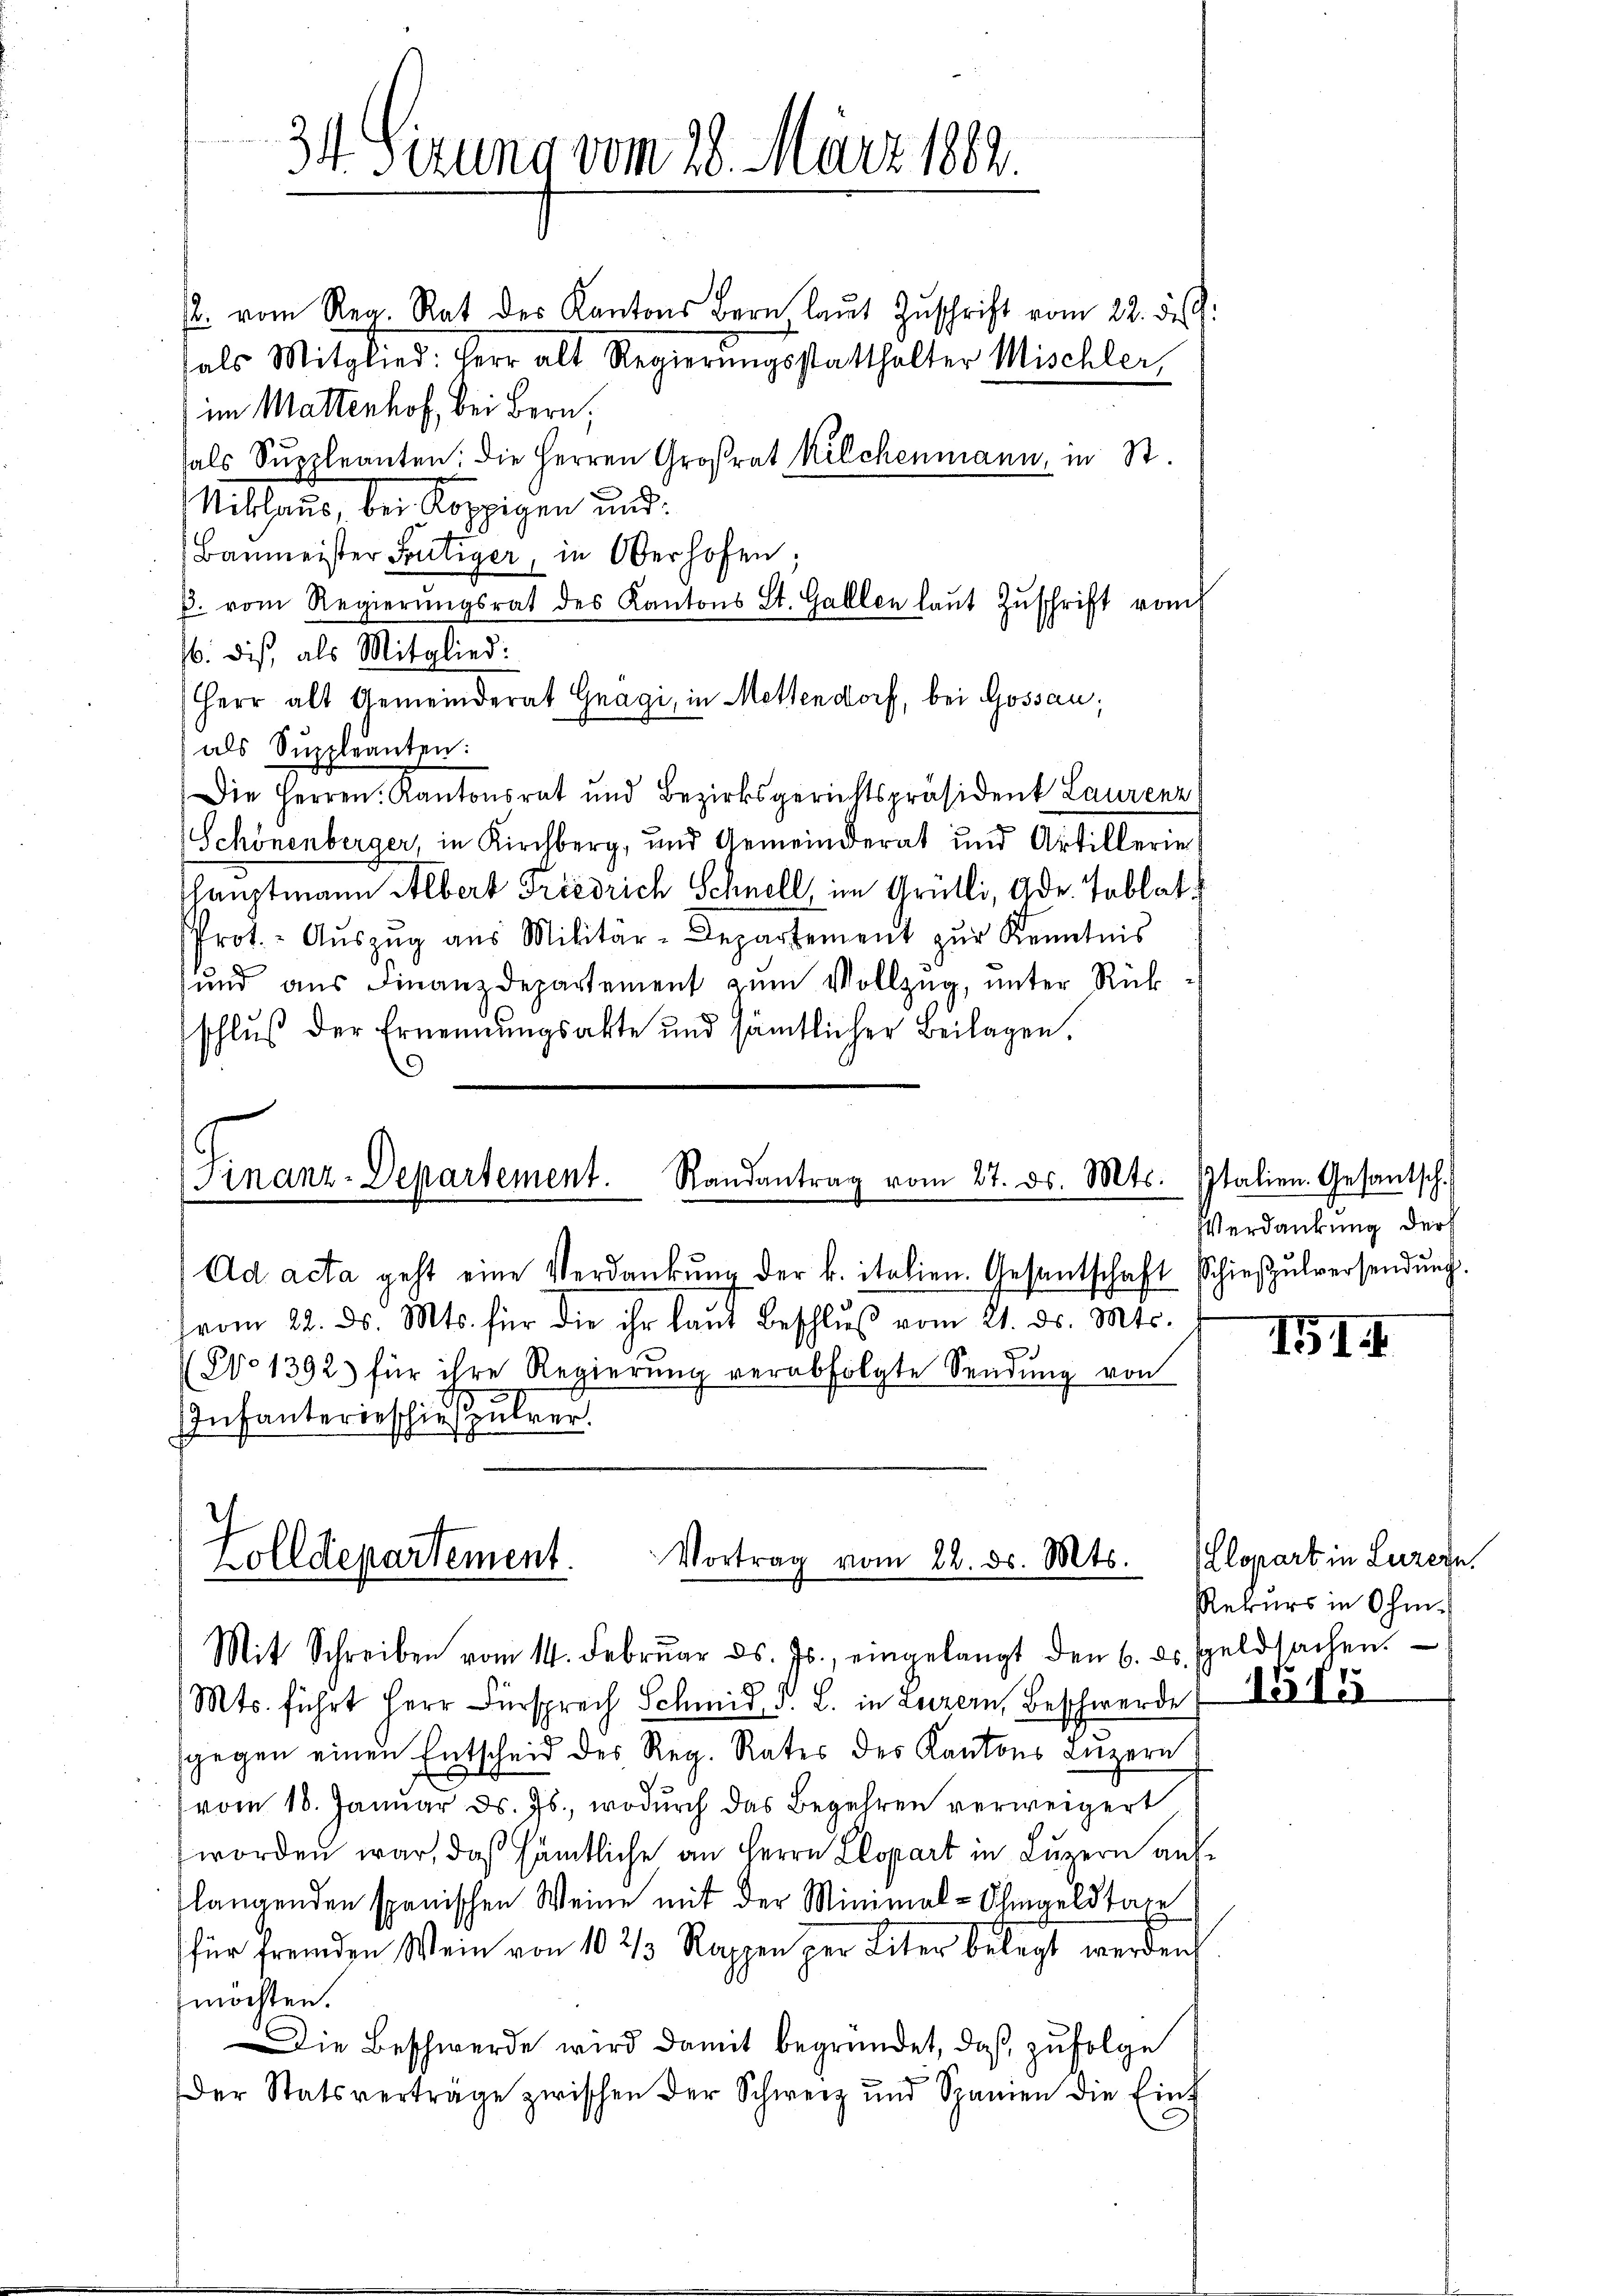
34. Sizung vom 28. März 1882.

/. vom Reg. Rat des Kantons Bern laŭt Zŭschrift vom 22. d. J.
hals Mitglied. Herr alt Regierungsstatthalter Mischler,
im Mattenhof, bei Bern,
fals Suecleanten: die Herren Großrat Kilchenmann, in St.
Mithause, bei Koppigen und
Baumeister Frutiger, in Oberhofen;
p. vom Regierŭngsrat des Kantons St. Gallen laŭt Zŭschrift vom
6. dis, als Mitglied:
Herr alt Gemeinderat Gagi, in Mettendorf, bei Gossau;
als Suppleanten:
Die Herren Kantonsrat und Bezirksgerichtspräsident Laurenz
Schönenberger, in Kirchberg, und Gemeinderat und Artillerie
hauptmann Albert Friedrich Schnell, im Grütli, Gdr. Tablat
Prot. Aŭszŭg aŭs Militär-Departement zŭr Kenntnis
und aŭs Finanzdepartement zŭm Vollzŭg, ŭnter Rükschluß der Ernennungsakte und sämtlicher Beilagen.

Finanz-Departement. Randantrag vom 27. ds. Mts.
Ad acta geht eine Verdankŭng der k. italien. Gesantschaft Schieβŭlversendŭng.

vom 22. ds. Mts. für die ihr laŭt Beschlŭβ vom 21. ds. Mts.
(No 1392 für ihre Regierŭng verabfolgte Sendŭng von
Infanterieschießpulver.

Zolldepartement.
Vortrag vom 22. ds. Mts.
Mit Schreiben vom 14. Febrŭar d. Js., eingelangt den 6. ds. Geldsachen.

Mts. führt Herr Fürsprech Schmid, d. L. in Luzern, Beschwerde
gegen einen Entscheid des Reg. Rates des Kantons Lŭzern
vom 18. Januar ds. Js., wodurch das Begehren verweigert
worden war, daß sämtliche an Herrn Klopart in Luzern auflangenden spanischen Weine mit der Minimal-Ohmgeldtage
für fremden Wein von 10 1/3 Rappen per Liter belegt werden
möchten.
Die Beschwerde wird damit begründet, daß zufolge
Der Statsverträge zwischen der Schweiz und Spanien die Eint

Italien. Gesantsch.
Verdankung der

IGIII

Elopart in Luzern.
Rekurs in Ohm¬
1574